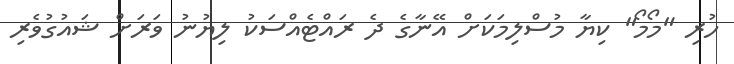
ހުރި "މޯމޯ" ކިޔާ މުސްލިމަކަށް އޭނާގެ ދެ ރައްޓެއްސަކު ލިޔުނު ވަރަށް ޝައުގުވެރި